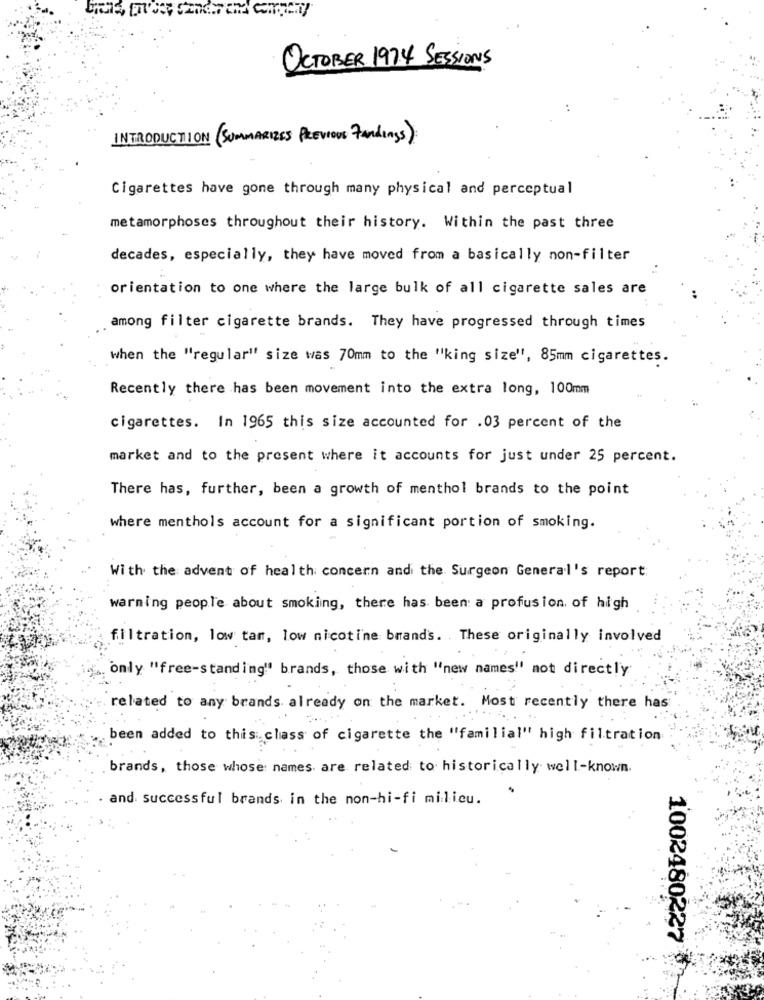
OCTOBER 1974 SESSIONS
INTRODUCTION (SUMMARIZES PREVIOUS FAndIngS)
Cigarettes have gone through many physical and perceptual
metamorphoses throughout their history. Within the past three
decades, especially, they have moved from a basically non-filter
orientation to one where the large bulk of all cigarette sales are
among filter cigarette brands. They have progressed through times
when the "regular" size was 70mm to the "king size", 85mm cigarettes.
Recently there has been movement into the extra long, 100mm
cigarettes. In 1965 this size accounted for .03 percent of the
market and to the present where it accounts for just under 25 percent.
There has, further, been a growth of menthol brands to the point
where menthols account for a significant portion of smoking.
With the advent of health concern and the Surgeon General's report:
warning people about smoking, there has been a profusion of high
filtration, low tam, low nicotine brands. These originally involved
only "free-standing" brands, those with "new names" not directly
related to any brands already on the market. Most recently there has
been added to this class of cigarette the "familial" high filtration
brands, those whose names are related to historically well-known.
. and successful brands in the non-hi-fi milicu.
1002480227